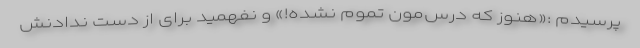
پرسیدم :«هنوز که درس‌مون تموم نشده!» و نفهمید برای از دست ندادنش